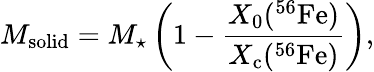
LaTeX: M_{\mathrm{solid}}=M_{\star}\left(1-\frac{X_{0}(^{56}\mathrm{Fe})}{X_{\mathrm{c}}(^{56}\mathrm{Fe})}\right),